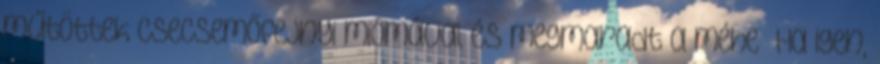
műtöttek csecsemőfejnyi miómával és megmaradt a méhe Ha igen,